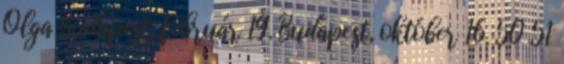
Olga Budapest, február 19. Budapest, október 16. 50 51